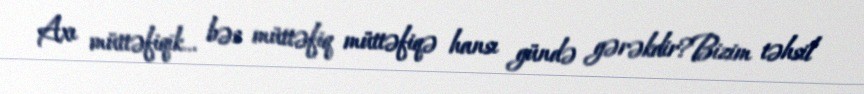
Axı müttəfiqik... bəs müttəfiq müttəfiqə hansı gündə gərəkdir?Bizim təhsil